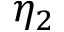
\eta _ { 2 }